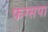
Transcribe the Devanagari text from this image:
फग्सपा